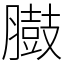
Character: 臌